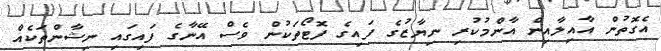
އެގޮތުން އާއިލާއިން އާންމުކުރި ނިޔާޒުގެ ފައިގެ ފޮޓޯތަކުން ވެސް އޭނާގެ ފައިގައި ނިޝާންތަކެއް